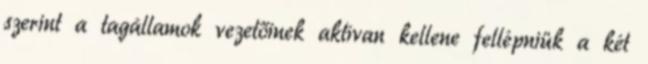
szerint a tagállamok vezetőinek aktívan kellene fellépniük a két